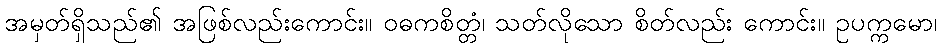
အမှတ်ရှိသည်၏ အဖြစ်လည်းကောင်း။ ဝဓကစိတ္တံ၊ သတ်လိုသော စိတ်လည်း ကောင်း။ ဥပက္ကမော၊